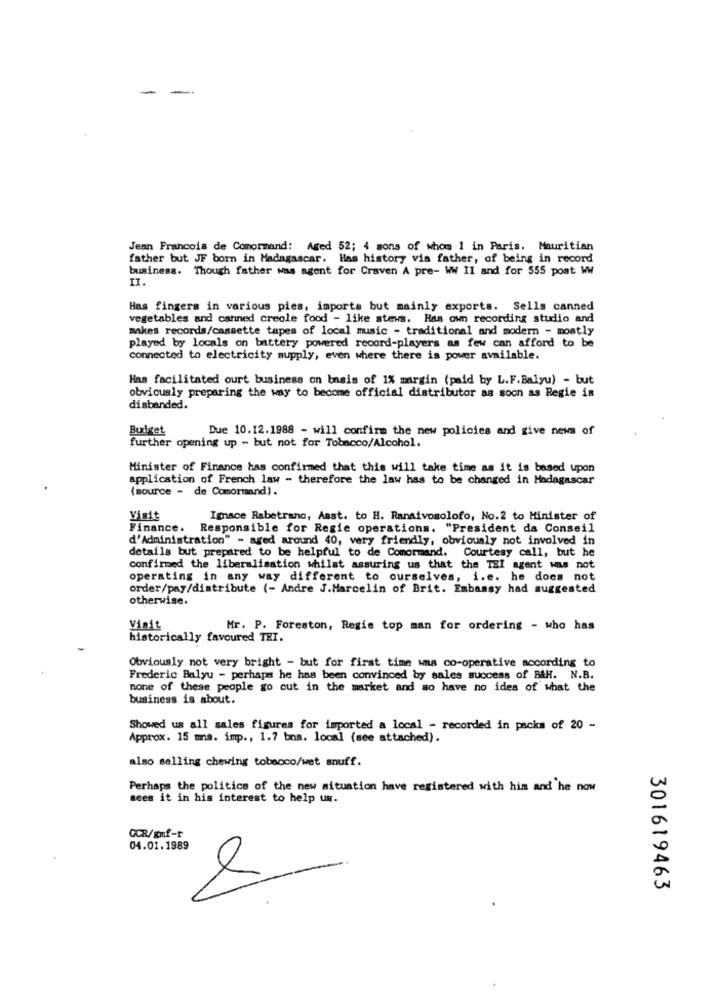
-
Jean Francois de Comormand: Aged 52; 4 sons of whom 1 in Paris. Mauritian
father but JF born in Madagascar. Has history via father, of being in record
business. Though father was agent for Craven A pre- WW II and for 555 poat WW
II.
Has fingers in various pies, imports but mainly exports. Sells canned
vegetables and canned creole food - like stews. Has own recording studio and
makes records/cassette tapes of local music - traditional and modern - mostly
played by locals on battery powered record-players as few can afford to be
connected to electricity supply, even where there is power available.
Has facilitated ourt business on basis of 1% margin (paid by L.F.Balyu) - but
obviously preparing the way to become official distributor as soon as Regie is
disbanded.
Budget
Due 10.12.1988 - will confirm the new policies and give news of
further opening up - but not for Tobacco/Alcohol.
Minister of Finance has confirmed that this will take time as it is based upon
application of French law - therefore the law has to be changed in Madagascar
(source - de Comormand).
Visit
Ignace Rabetrano, Asst. to H. Ranaivosolofo, No.2 to Minister of
Finance. Responsible for Regie operations. "President da Conseil
d'Administration" - aged around 40, very friendly, obviously not involved in
details but prepared to be helpful to de Comormand. Courtesy call, but he
confirmed the liberalisation whilst assuring us that the TSI agent was not
operating in any way different to ourselves, i.e. he does not
order/pay/distribute (- Andre J.Marcelin of Brit. Embassy had suggested
otherwise.
Visit
Mr. P. Foreston, Regie top man for ordering - who has
historically favoured THI.
Obviously not very bright - but for first time wna co-operative according to
Frederic Balyu - perhaps he has been convinced by sales success of BAH. N.B.
none of these people go out in the market and so have no idea of what the
business is about.
Showed us all sales figures for imported a local - recorded in packs of 20 -
Approx. 15 ma. imp ., 1.7 bns. local (see attached).
also selling chewing tobacco/wet snuff.
Perhaps the politics of the new situation have registered with him and he now
sees it in his interest to help us.
CCR/mf-r
04.01.1989
301619463